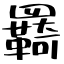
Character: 羇